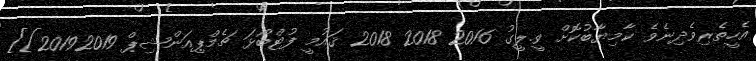
އެހީތެރިވެދިނެވެ ކާމިޔާބުކޮށް ވީ.ލީގު 2016 2018 2018 ޤައުމީ ފުޓްބޯޅަ ޗެމްޕިއަންޝިޕް 20192019]]